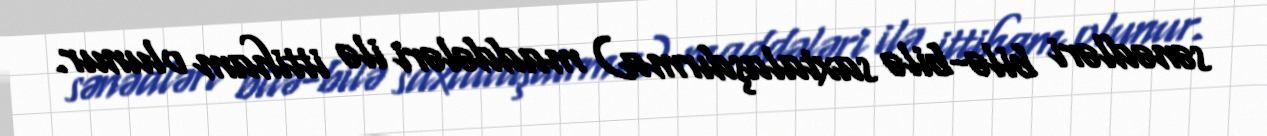
sənədləri bilə-bilə saxtalaşdırma) maddələri ilə ittiham olunur.